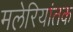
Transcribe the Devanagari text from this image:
मलेरियांतक